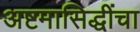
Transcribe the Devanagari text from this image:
अष्टमासिद्धींचा